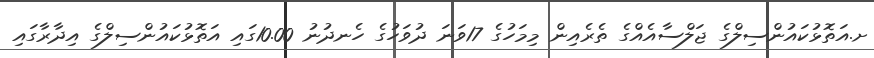
ށ.އަތޮޅުކައުންސިލްގެ ޖަލްސާއެއްގެ ތެރެއިން މިމަހުގެ 17ވަނަ ދުވަހުގެ ހެނދުނު 10.00ގައި އަތޮޅުކައުންސިލްގެ އިދާރާގައި